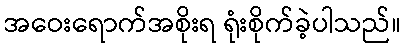
အဝေးရောက်အစိုးရ ရုံးစိုက်ခဲ့ပါသည်။